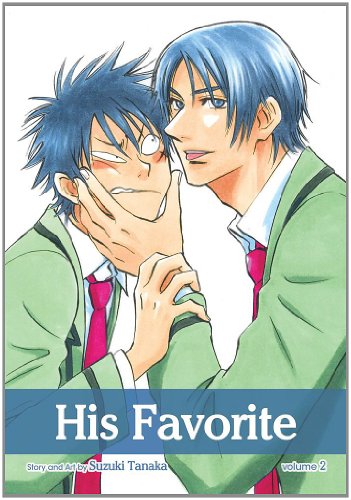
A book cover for His Favorite, Vol. 2 (Yaoi Manga); Suzuki Tanaka; Comics & Graphic Novels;